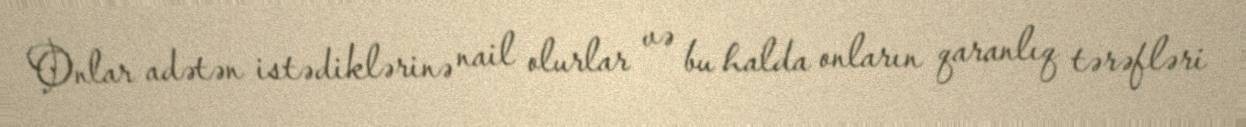
Onlar adətən istədiklərinə nail olurlar və bu halda onların qaranlıq tərəfləri